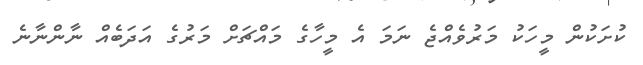
ކުށަކުން މީހަކު މަރުވެއްޖެ ނަމަ އެ މީހާގެ މައްޗަށް މަރުގެ އަދަބެއް ނާންނާނެ